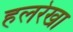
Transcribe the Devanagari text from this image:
हलरेखा